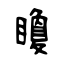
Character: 矎